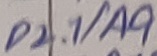
Text: P2.1/A9